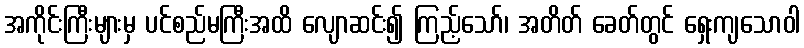
အကိုင်းကြီးများမှ ပင်စည်မကြီးအထိ လျောဆင်း၍ ကြည့်သော်၊ အတိတ် ခေတ်တွင် ရှေးကျသောဝါ